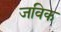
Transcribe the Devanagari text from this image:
जविक